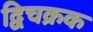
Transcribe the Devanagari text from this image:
द्विचक्रक